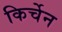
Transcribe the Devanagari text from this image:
किर्चेन